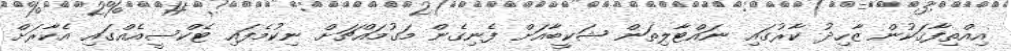
އިއްތިފާޤަކުން ޒާހިދު ކާރުގައި ނައްޓާލިތަން ޝަކީބާއަށް ފެނިގެން މަގުމައްޗަށް ނިކުމެފައި ޓެކްސީއެއްގައި އެކާރަށް